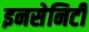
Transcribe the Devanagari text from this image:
इनसेनिटी